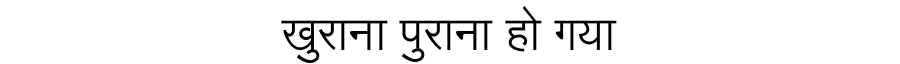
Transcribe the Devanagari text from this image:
खुराना पुराना हो गया